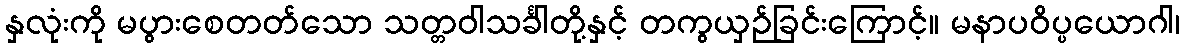
နှလုံးကို မပွားစေတတ်သော သတ္တဝါသင်္ခါတို့နှင့် တကွယှဉ်ခြင်းကြောင့်။ မနာပဝိပ္ပယောဂါ၊